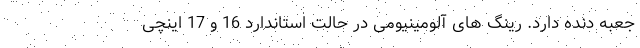
جعبه دنده دارد. رینگ های آلومینیومی در حالت استاندارد 16 و 17 اینچی